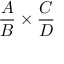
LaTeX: { \frac { A } { B } } \times { \frac { C } { D } }